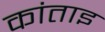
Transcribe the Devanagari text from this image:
कांताइ